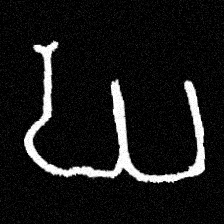
Pyu character \u2014 Myanmar letter: ဃ (romanized: gha)